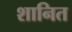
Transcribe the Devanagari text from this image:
शानित